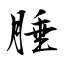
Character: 腄